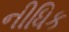
નીધિક